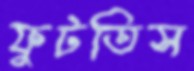
ফুটতিস